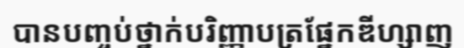
បានបញ្ចប់ថ្នាក់បរិញ្ញាបត្រផ្នែកឌីហ្សាញ